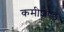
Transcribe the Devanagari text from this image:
कमीशण्ड